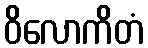
ဝိလောကိတံ